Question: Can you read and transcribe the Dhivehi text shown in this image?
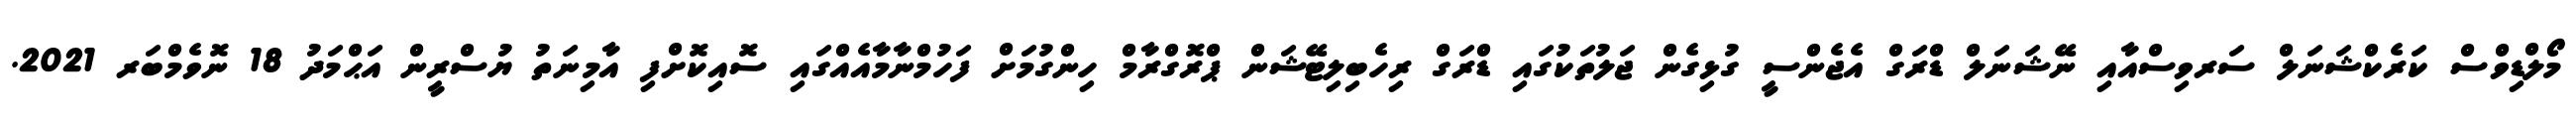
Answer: މޯލްޑިވްސް ކަރެކްޝަނަލް ސަރވިސްއާއި ނޭޝަނަލް ޑްރަގް އެޖެންސީ ގުޅިގެން ޖަލުތަކުގައި ޑްރަގް ރިހެބިލިޓޭޝަން ޕްރޮގްރާމް ހިންގުމަށް ފަހުމްނާމާއެއްގައި ސޮއިކޮށްފި އާމިނަތު ޔުސްރީން އަޙްމަދު 18 ނޮވެމްބަރ 2021.